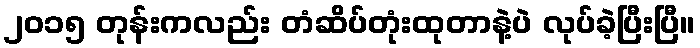
၂၀၁၅ တုန်းကလည်း တံဆိပ်တုံးထုတာနဲ့ပဲ လုပ်ခဲ့ပြီးပြီ။